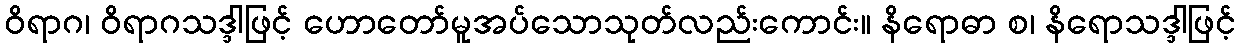
ဝိရာဂ၊ ဝိရာဂသဒ္ဒါဖြင့် ဟောတော်မူအပ်သောသုတ်လည်းကောင်း။ နိရောဓာ စ၊ နိရောသဒ္ဒါဖြင့်